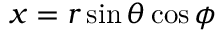
x = r \sin \theta \cos \phi